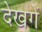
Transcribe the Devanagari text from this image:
देखगें